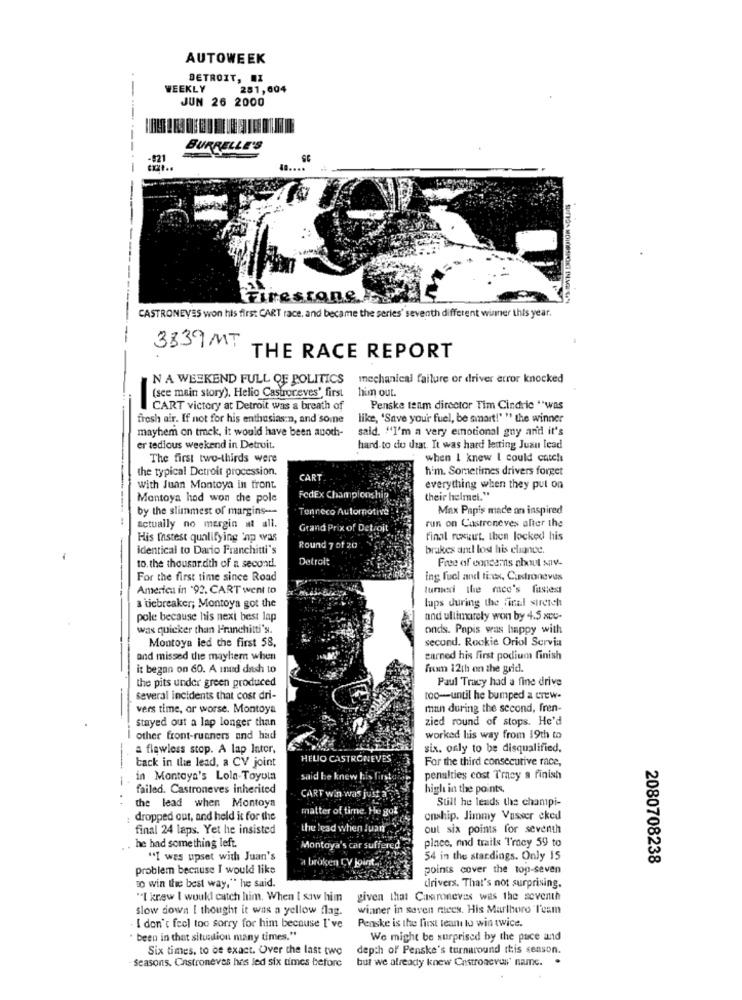
AUTOWEEK
DETROIT, I
WEEKLY
281,604
JUN 26 2000
BURRELLE'S
-921
....
------
Firestone.
CASTRONEVES won his first CART race, and became the series' seventh different winner this year.
3839 MT
THE RACE REPORT
NA WEEKEND FULL QE POLITICS mechanical failure or driver error knocked
him out.
(see main story), Helio Castroreves', first
CART victory at Detroit was a breath of
Penske tenm director Tim Cindric ** was
fresh air. If not for his enthusias:n, and some
like, 'Save your fuel, be smart!" " the winner
mayhem on track, it would have been anoch-
said. "I'm a very emotional guy and it's
er tedious weekend in Detroit.
hard to do urat. It was hard letting Juan lead
The first two-thirds were
when I knew I could catch
the typical Detroit procession.
him. Sometimes drivers forget
CART
with Juan Montoya in front.
everything when they put on
Montoya had won che pole
FedEx Championship
their helmet."
by the slimmest of margins ---
Tenneco Automotive
Max Papis made on inspired
actually no margin at all.
run on Castroneves after the
Grand Prix of Detroit
His fastest qualifying 'ap was
final rexgut, then locked his
identical to Dario Franchitti's
Round 7 of 20
brakes anl lost his elance.
Detroit
Free of concerns about sav-
to. the thousar.dith of a second.
For the first time since Road
ing fuel and tirex, Cadroneves
America in "92. CART went to
turned the race's fastest
lups during the final stretch
a tiebreaker; Montoya got the
pole because his nexi best lap
and ultimately won by 4.5 xcc-
was quicker than Franchitti's.
onds. Popis was happy with
Montoya led the first 58.
secund. Rookie Oriol Servia
and missed the mayhem when
earned his first podium finish
it began on 60. A inud dash to
from 12th on the grid.
the pits under green produced
Paul Tracy had a fine drive
Several incidents that cost dri-
too-until he bumped a crew-
-
vers time, or worse. Montoya
man during the second, fren-
zied round of stops. He'd
Stayed out a lap longer than
other front-runners and had
worked his way from 19th to
a flawless stop. A lap Intor,
six. only to be disqualified.
HELIO CASTRONEVES'
For the third consecutive race,
tack in the lead, a CV joint
-
in Montoya's Lola-Toyula
said be knew his
penalties cost Tracy a finish
failed. Castroneves inherited
high in the points.
CART win was just a
Sull he leads the champi-
the lead when Montoya
matter of time. He got
dropped out, and held it for the
onship. Jimmy Vusser cked
final 24 laps. Yet he insisted
the lead when Juan
out six points for seventh
he had something left.
place, and trails Tracy 59 to
Montoya's car suffered
"I was upset with Juan's
a broken CV joint,
54 in the stardings. Only 15
2080708238
problem because I would like
points cover the top-seven
so win the best way," he said.
drivers. That's not surprising.
"I knew I woukl catch him. When I saw him
given that Caroneves was the seventh
slow down I thought it was a yellow flag.
wianer in seven mees. His Marlboro Team
- I don't feel too sorry for him because I've
Penske is the first team to win twice.
· been in that situation many times."
We might be surprised by the pace and
Six times, to be exact. Over the last two
depth of Penske's turnaround this season.
Seasons. Castroneves has led six times before
but we already knew Castrozeven' name.
.